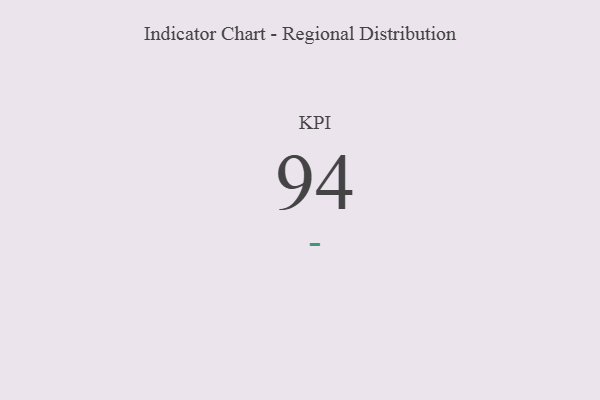
{"axis": {"x": "KPI", "y": "Value"}, "legend": [""], "data": [{"x": "KPI", "y": 94, "type": ""}]}